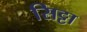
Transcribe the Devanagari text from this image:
सिट्टा